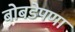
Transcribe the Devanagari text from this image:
बोबडेपणा